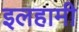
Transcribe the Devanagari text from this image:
इलहामी